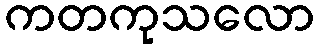
ကတကုသလော